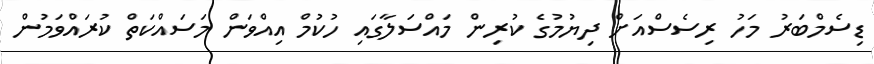
ޑިސެމްބަރު މަހު ރިސެސްއަށް ދިޔުމުގެ ކުރިން މައްސަލާގައި ހުކުމް އިއްވަން މަސައްކަތް ކުރައްވަމުން